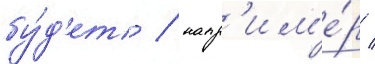
бу́д'ет / напр'им'е́р /